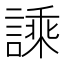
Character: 𧪝